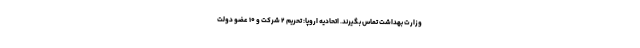
وزارت بهداشت تماس بگیرند. اتحادیه اروپا: تحریم ۲ شرکت و ۱۰ عضو دولت